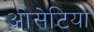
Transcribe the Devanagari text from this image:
ओसेटिया